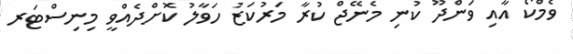
ވެމްކޯ އާއި ވަންދޫ ކުނި މެނޭޖް ކުރާ މަރުކަޒު ހަވާލު ކޮށްދެއްވީ މިނިސްޓަރ